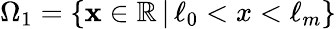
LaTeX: \Omega_{1}=\{ \mathbf{x}\in\mathbb{R}\, |\, \ell_{0}<x<\ell_{m}\}